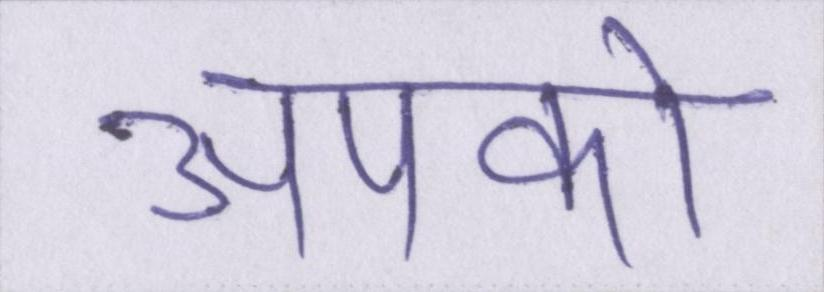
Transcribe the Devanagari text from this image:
आपको